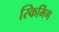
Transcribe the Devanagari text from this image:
स्किमिंग